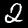
Label: 2